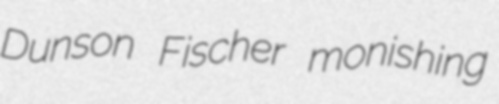
Dunson Fischer monishing